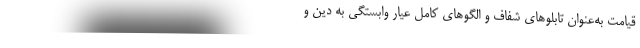
قیامت به‌عنوان تابلوهای شفاف و الگوهای کامل عیار وابستگی به دین و